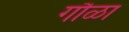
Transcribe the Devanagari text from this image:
गौळा